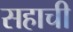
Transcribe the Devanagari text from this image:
सहाची